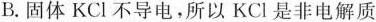
B.固体KCl不导电，所以KCl是非电解质